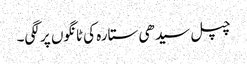
چپل سیدھی ستارہ کی ٹانگوں پر لگی۔